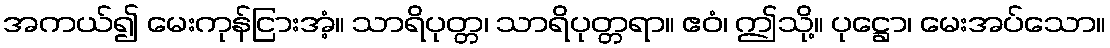
အကယ်၍ မေးကုန်ငြားအံ့။ သာရိပုတ္တ၊ သာရိပုတ္တရာ။ ဧဝံ၊ ဤသို့။ ပုဋ္ဌော၊ မေးအပ်သော။